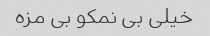
خیلی بی نمکو بی مزه